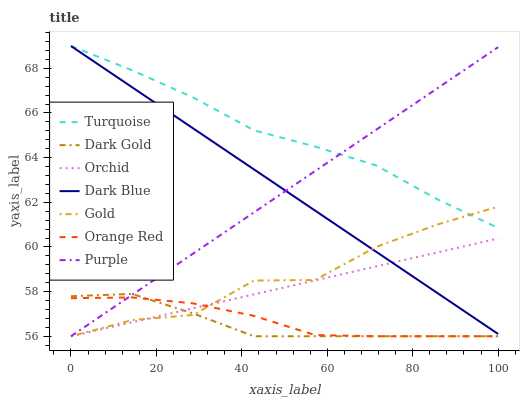
| xaxis_label | Turquoise | Dark Gold | Orchid | Dark Blue | Gold | Orange Red | Purple |
 | --- | --- | --- | --- | --- | --- | --- | --- |
 | 0 | 69 | 57.8 | 56 | 69 | 56 | 57.7 | 56 |
 | 14.3 | 67.9 | 57.9 | 56.6 | 67.2 | 56.7 | 57.7 | 57.8 |
 | 28.6 | 66.7 | 57 | 57.3 | 65.3 | 57 | 57.5 | 59.7 |
 | 42.9 | 65.2 | 56 | 57.9 | 63.5 | 58.5 | 56.9 | 61.5 |
 | 57.1 | 64.5 | 56 | 58.5 | 61.6 | 58.5 | 56.1 | 63.4 |
 | 71.4 | 63.7 | 56 | 59.1 | 59.8 | 60 | 56 | 65.2 |
 | 85.7 | 62.1 | 56 | 59.8 | 57.9 | 61 | 56 | 67.1 |
 | 100 | 60.8 | 56 | 60.4 | 56.1 | 61.8 | 56 | 68.9 |